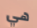
هي